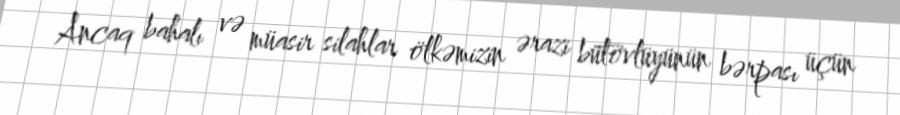
Ancaq bahalı və müasir silahlar ölkəmizin ərazi bütövlüyünün bərpası üçün